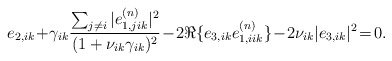
\begin{align*}e_{2,ik}\!+\!\gamma_{ik}\frac{\sum_{j\neq i}|e^{(n)}_{1,jik}|^{2}}{(1+\nu_{ik}\gamma_{ik})^{2}}\!-\!2\Re{\{e_{3,ik}e^{(n)}_{1,iik}\}}\!-\!2\nu_{ik}|e_{3,ik}|^{2}\! =\! 0.\end{align*}